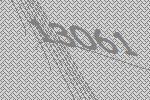
13061